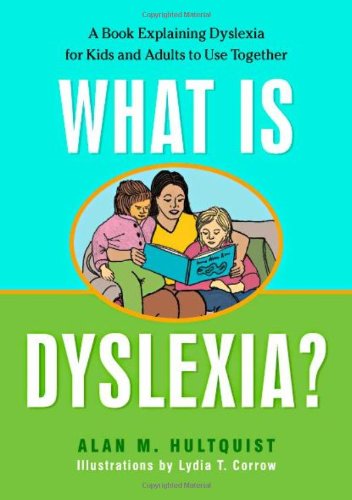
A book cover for What is Dyslexia?: A Book Explaining Dyslexia for Kids and Adults to Use Together; Alan M. Hultquist; Health, Fitness & Dieting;